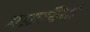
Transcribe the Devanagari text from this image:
मफ़सिदों